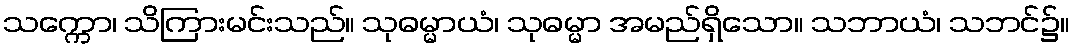
သက္ကော၊ သိကြားမင်းသည်။ သုဓမ္မာယံ၊ သုဓမ္မာ အမည်ရှိသော။ သဘာယံ၊ သဘင်၌။